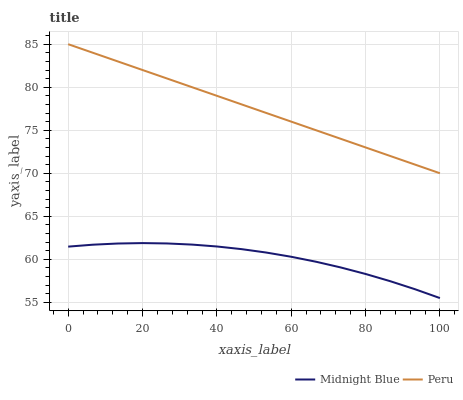
| xaxis_label | Midnight Blue | Peru |
 | --- | --- | --- |
 | 0 | 61.5 | 85 |
 | 6.67 | 61.7 | 84 |
 | 13.3 | 61.8 | 83 |
 | 20 | 61.9 | 82 |
 | 26.7 | 61.8 | 81 |
 | 33.3 | 61.7 | 80 |
 | 40 | 61.5 | 79 |
 | 46.7 | 61.2 | 78 |
 | 53.3 | 60.8 | 77 |
 | 60 | 60.3 | 76 |
 | 66.7 | 59.7 | 75 |
 | 73.3 | 59.1 | 74 |
 | 80 | 58.3 | 73 |
 | 86.7 | 57.5 | 72 |
 | 93.3 | 56.5 | 71 |
 | 100 | 55.5 | 70 |